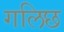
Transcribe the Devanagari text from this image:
गलिछ